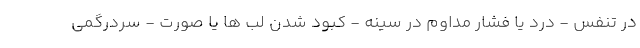
در تنفس - درد یا فشار مداوم در سینه - کبود شدن لب ها یا صورت - سردرگمی